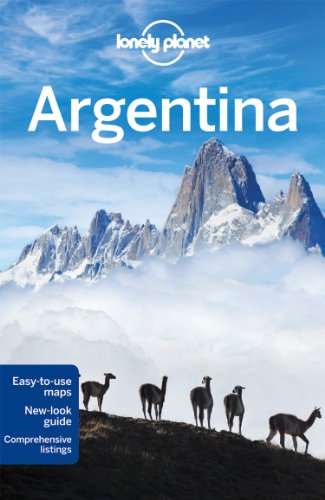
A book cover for Lonely Planet Argentina (Travel Guide); Lonely Planet; Travel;